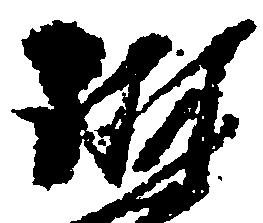
琳